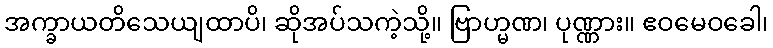
အက္ခာယတိသေယျထာပိ၊ ဆိုအပ်သကဲ့သို့။ ဗြာဟ္မဏ၊ ပုဏ္ဏား။ ဧဝမေဝခေါ၊